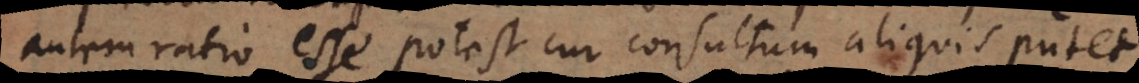
autem ratio esse potest cur consultum aliquis putet